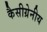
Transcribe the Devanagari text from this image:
कैसीग्रेनीय